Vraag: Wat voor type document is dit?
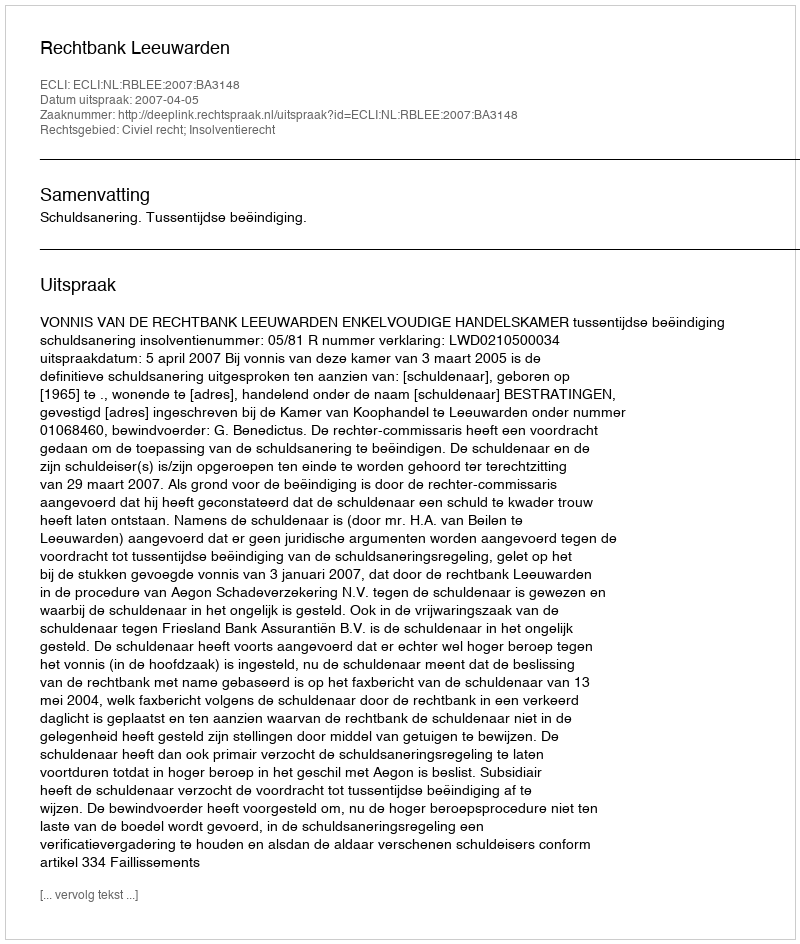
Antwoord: Uitspraak